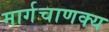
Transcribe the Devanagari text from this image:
मार्गचाणक्य